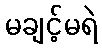
မချင့်မရဲ